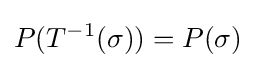
P(T^{-1}(\sigma ))=P(\sigma )